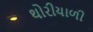
થોરીયાળી